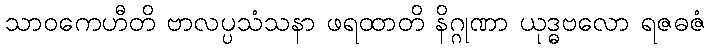
သာဝကေဟီတိ ဗာလပ္ပသံသနာ ဖရထာတိ နိဂ္ဂုဏာ ယုဒ္ဓဗလော ရဇဓဇံ